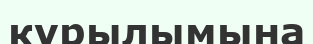
курылымына